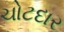
ચોટદાર